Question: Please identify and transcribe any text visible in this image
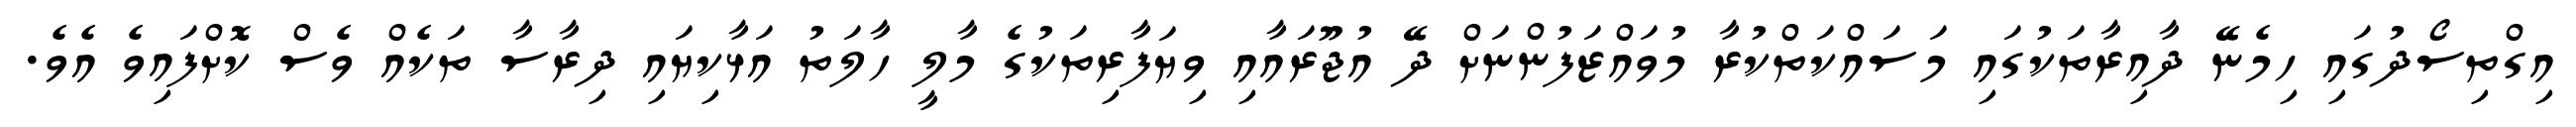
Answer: އިގްތިސޯދުގައި ހިމެނޭ ދާއިރާތަކުގައި މަސައްކަތްކުރާ މުވައްޒަފުންނަށް ދޭ އުޖޫރައާއި ވިޔަފާރިތަކުގެ މާލީ ހާލަތު އަޅާކިޔައި ދިރާސާ ތަކެއް ވެސް ކޮށްފައިވެ އެވެ.